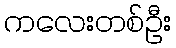
ကလေးတစ်ဦး